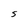
Character: S